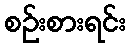
စဉ်းစားရင်း